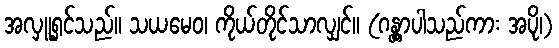
အလှူ့ရှင်သည်။ သယမေဝ၊ ကိုယ်တိုင်သာလျှင်။ (ဂန္တွာပါသည်ကား အပို၊)